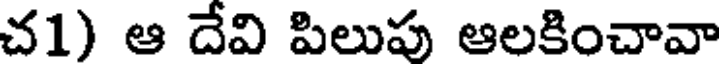
చ1) ఆ దేవి పిలుపు ఆలకించావా